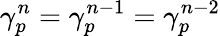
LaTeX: \gamma_{p}^{n}=\gamma_{p}^{n-1}=\gamma_{p}^{n-2}